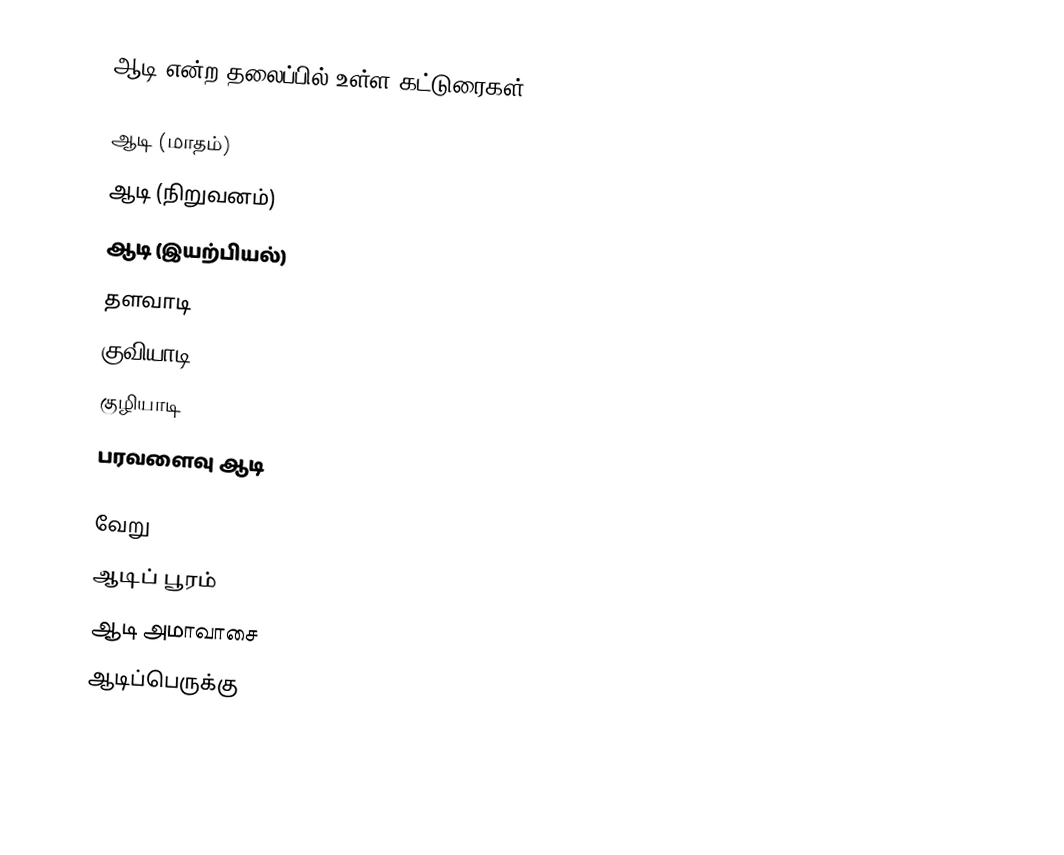
ஆடி என்ற தலைப்பில் உள்ள கட்டுரைகள்:

ஆடி (மாதம்)
ஆடி (நிறுவனம்)
ஆடி (இயற்பியல்)
தளவாடி
குவியாடி
குழியாடி
பரவளைவு ஆடி

வேறு
ஆடிப் பூரம்
ஆடி அமாவாசை
ஆடிப்பெருக்கு